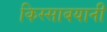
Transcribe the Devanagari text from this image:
किस्साबयानी